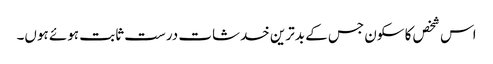
اس شخص کا سکون جس کے بدترین خدشات درست ثابت ہوئے ہوں۔